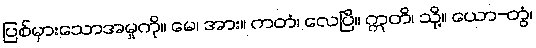
ပြစ်မှားသောအမှုကို။ မေ၊ အား။ ကတံ၊ လေပြီ။ ဣတိ၊ သို့။ ယော-တွံ၊